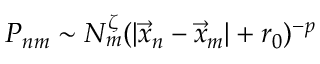
P _ { n m } \sim N _ { m } ^ { \zeta } ( | \vec { x } _ { n } - \vec { x } _ { m } | + r _ { 0 } ) ^ { - p }